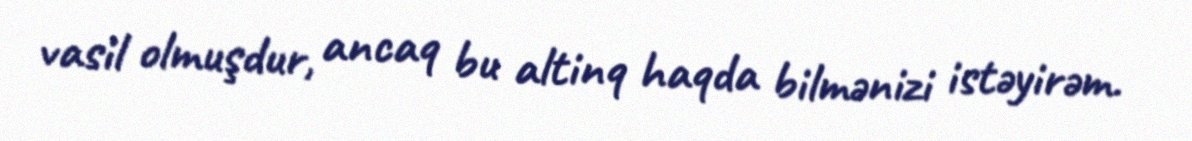
vasil olmuşdur, ancaq bu altinq haqda bilmənizi istəyirəm.